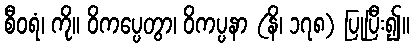
စီဝရံ၊ ကို။ ဝိကပ္ပေတွာ၊ ဝိကပ္ပနာ (နိ၊ ၁၇၈) ပြုပြီး၍။